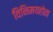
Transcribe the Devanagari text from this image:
विनिमयहोता